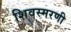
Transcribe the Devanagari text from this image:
शिवस्मरणी